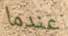
عندما